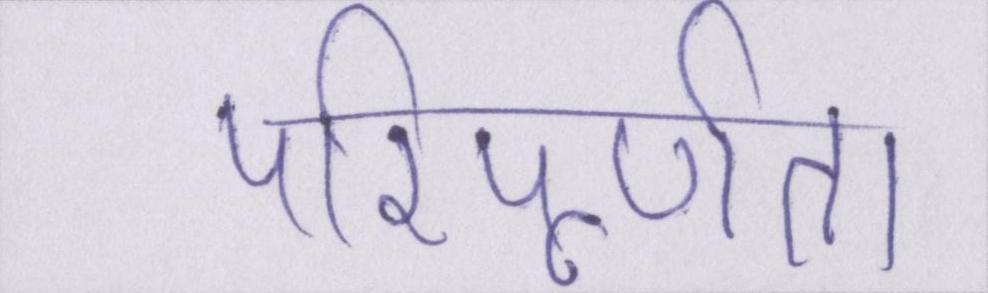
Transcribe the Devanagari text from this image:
परिपूर्णता